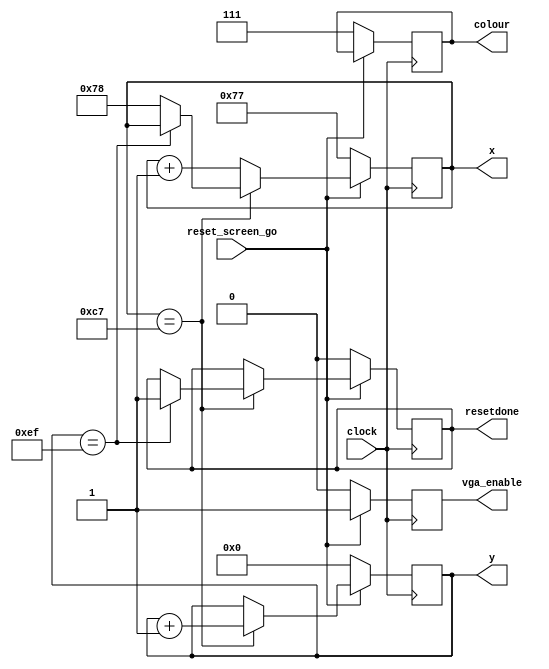

`timescale 1ns / 1ns

module resetscreen (
	input clock, 
	input reset_screen_go, 
	
	output reg [8:0] x, 
	output reg [7:0] y, 
	output reg [2:0] colour, 
	output reg vga_enable,
		resetdone
);

    localparam MAX_X = 9'd199; 
    localparam MAX_Y = 8'd239;
	localparam initial_x = 9'd120;
	localparam initial_y = 8'd0;
	localparam initial_c = 3'b111;//set initial colour to white 
	reg counterenable;
	
	always @(posedge clock) begin
	if (!reset_screen_go) begin
		x = initial_x - 1'b1; 
		y = initial_y;
		colour = initial_c;
		resetdone = 1'b0;
		vga_enable = 1'b0;
		end
	else begin
		vga_enable = 1'b1;
		if (x == MAX_X) begin 
			if(y == MAX_Y)
				resetdone = 1'b1;					
			else
				x = initial_x;
				y = y + 1'b1;
			end
		else
			x = x + 1'b1;	
		end
	end
endmodule